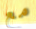
مع